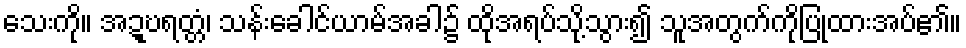
သေးကို။ အဍ္ဎရတ္တံ၊ သန်းခေါင်ယာမ်အခါ၌ ထိုအရပ်သို့သွား၍ သူအတွက်ကိုပြုထားအပ်၏။